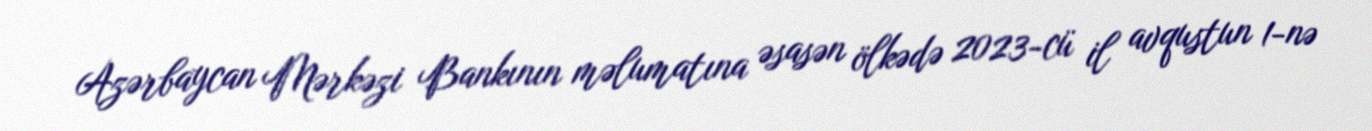
Azərbaycan Mərkəzi Bankının məlumatına əsasən ölkədə 2023-cü il avqustun 1-nə